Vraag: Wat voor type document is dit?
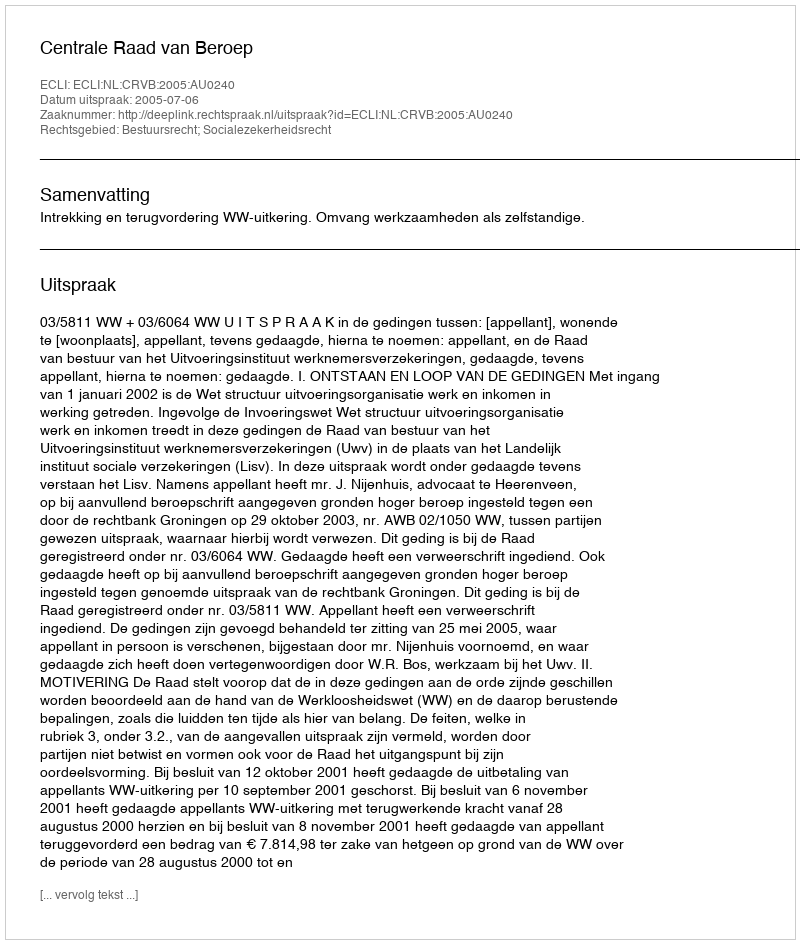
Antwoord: Uitspraak